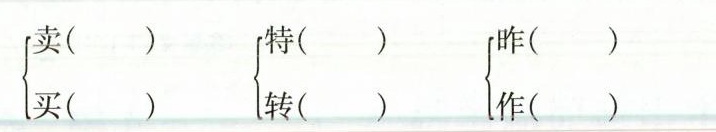
\left \{ 卖买 \right \} \left \{ 特转 \right \} \left \{ 昨作\right \}